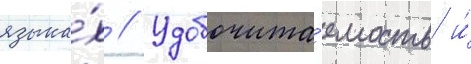
языка́х // Удобочита́емость и́